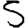
Digit: 5